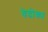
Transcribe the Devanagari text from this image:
वेदोका